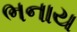
ભનાય